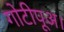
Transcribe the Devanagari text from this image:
गोटीपूअ।